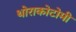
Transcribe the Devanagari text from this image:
थोराकोटोमी